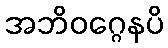
အဘိဝဂ္ဂေနပိ